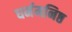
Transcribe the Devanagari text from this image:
धर्ममनिष्ठ